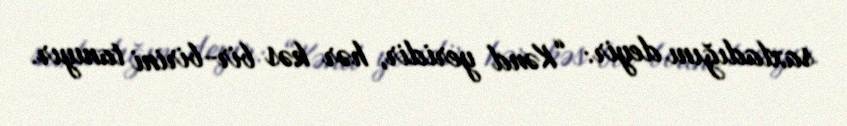
saxladığını deyir: “Kənd yeridir, hər kəs bir-birini tanıyır.